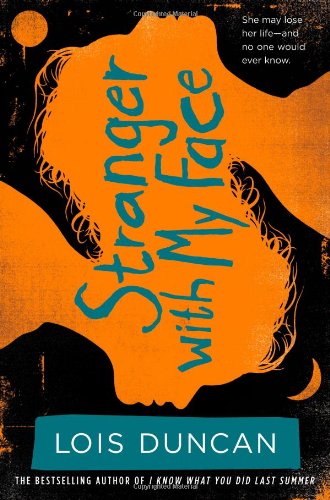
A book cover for Stranger With My Face; Lois Duncan; Teen & Young Adult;